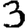
Digit: 3